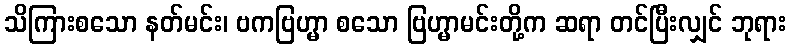
သိကြားစသော နတ်မင်း၊ ဗကဗြဟ္မာ စသော ဗြဟ္မာမင်းတို့က ဆရာ တင်ပြီးလျှင် ဘုရား